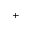
^ +